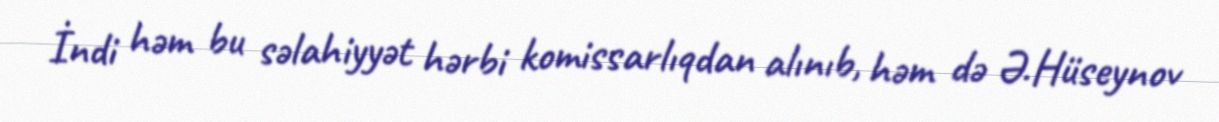
İndi həm bu səlahiyyət hərbi komissarlıqdan alınıb, həm də Ə.Hüseynov